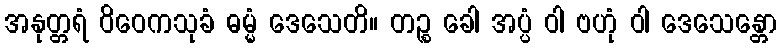
အနုတ္တရံ ဝိဝေကသုခံ ဓမ္မံ ဒေသေတိ။ တဉ္စ ခေါ အပ္ပံ ဝါ ဗဟုံ ဝါ ဒေသေန္တော